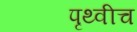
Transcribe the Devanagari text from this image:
पृथ्वीच